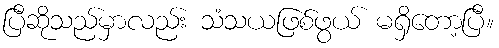
ပြီဆိုသည်မှာလည်း သံသယဖြစ်ဖွယ် မရှိတော့ပြီ။